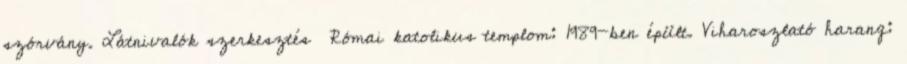
szórvány. Látnivalók szerkesztés Római katolikus templom: 1989-ben épült. Viharoszlató harang: